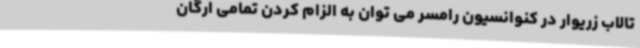
تالاب زریوار در کنوانسیون رامسر می توان به الزام کردن تمامی ارگان